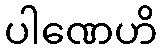
ပါဏေဟိ